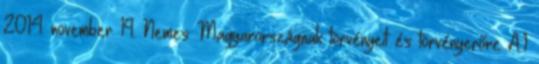
2014. november 19. Nemes Magyarországnak törvényeit és törvényerőre A.1